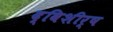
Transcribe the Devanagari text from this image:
द्विशीर्ष